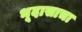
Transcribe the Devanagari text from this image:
भूदासाचा